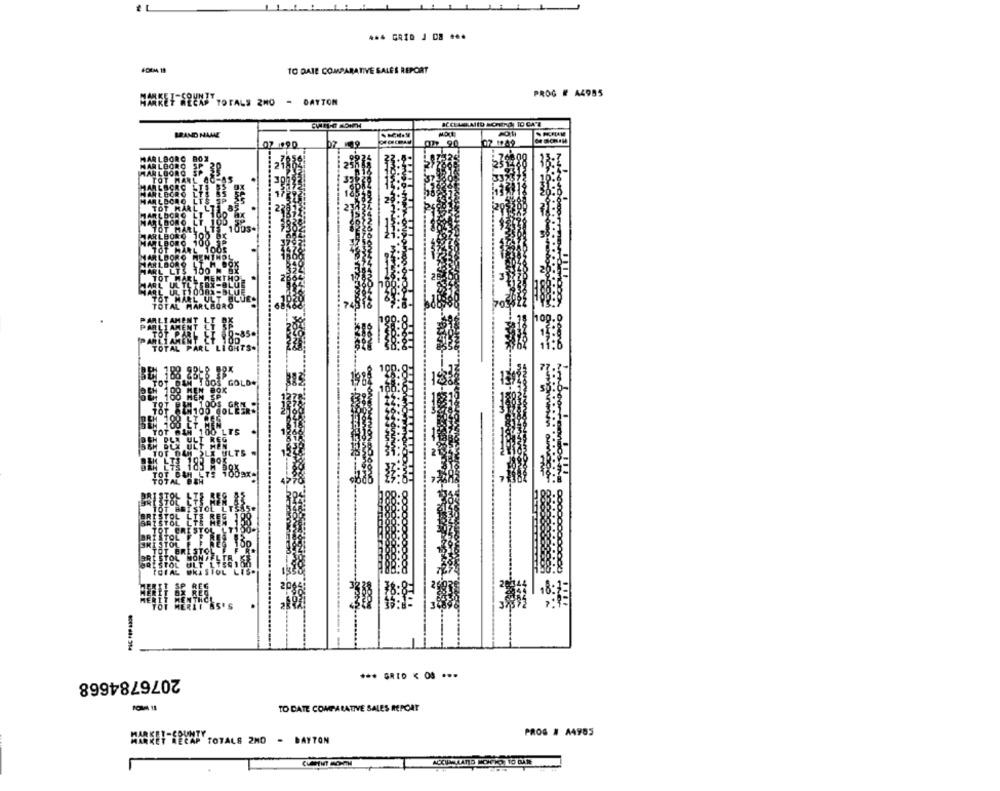
TO DAIE COMPARATIVE SALES REPORT
PROG # A4985
HARRET WEEAS TOTALS 2MO - DAYTON
BRAND MAANE
MOTE
17 90
17 1989
07 990
GOLD.
BE: 188 MEN SOK
JOT 04
BEN ETH 183 8
TOT DEN 72 1009x-
TOTAL BEH
TOT BRISTOL LT355+
RISTOL F E RES
TOT BRISTOL F
---
2076784668
TO DATE COMPARATIVE SALES REPORT
PROG # A4985
MARKET RECAP TOTALS 2MO - DAYTON